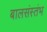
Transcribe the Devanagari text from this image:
बालसंस्तंभ